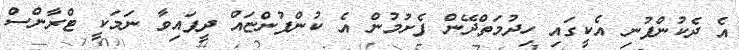
އެ ދެކުންފުނި އެކީގައި ހިދުމަތްދޭން ފެށުމުން އެ ކުންފުންޏައް ދީފައިވާ ނަމަކީ ޓްރާންސް